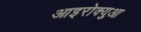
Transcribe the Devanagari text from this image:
आइरोक्युआ